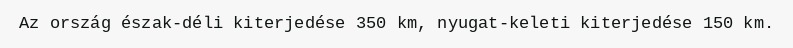
Az ország észak-déli kiterjedése 350 km, nyugat-keleti kiterjedése 150 km.